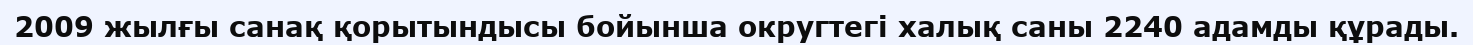
2009 жылғы санақ қорытындысы бойынша округтегі халық саны 2240 адамды құрады.